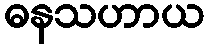
ဓနသဟာယ